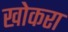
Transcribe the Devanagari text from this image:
खोकरा